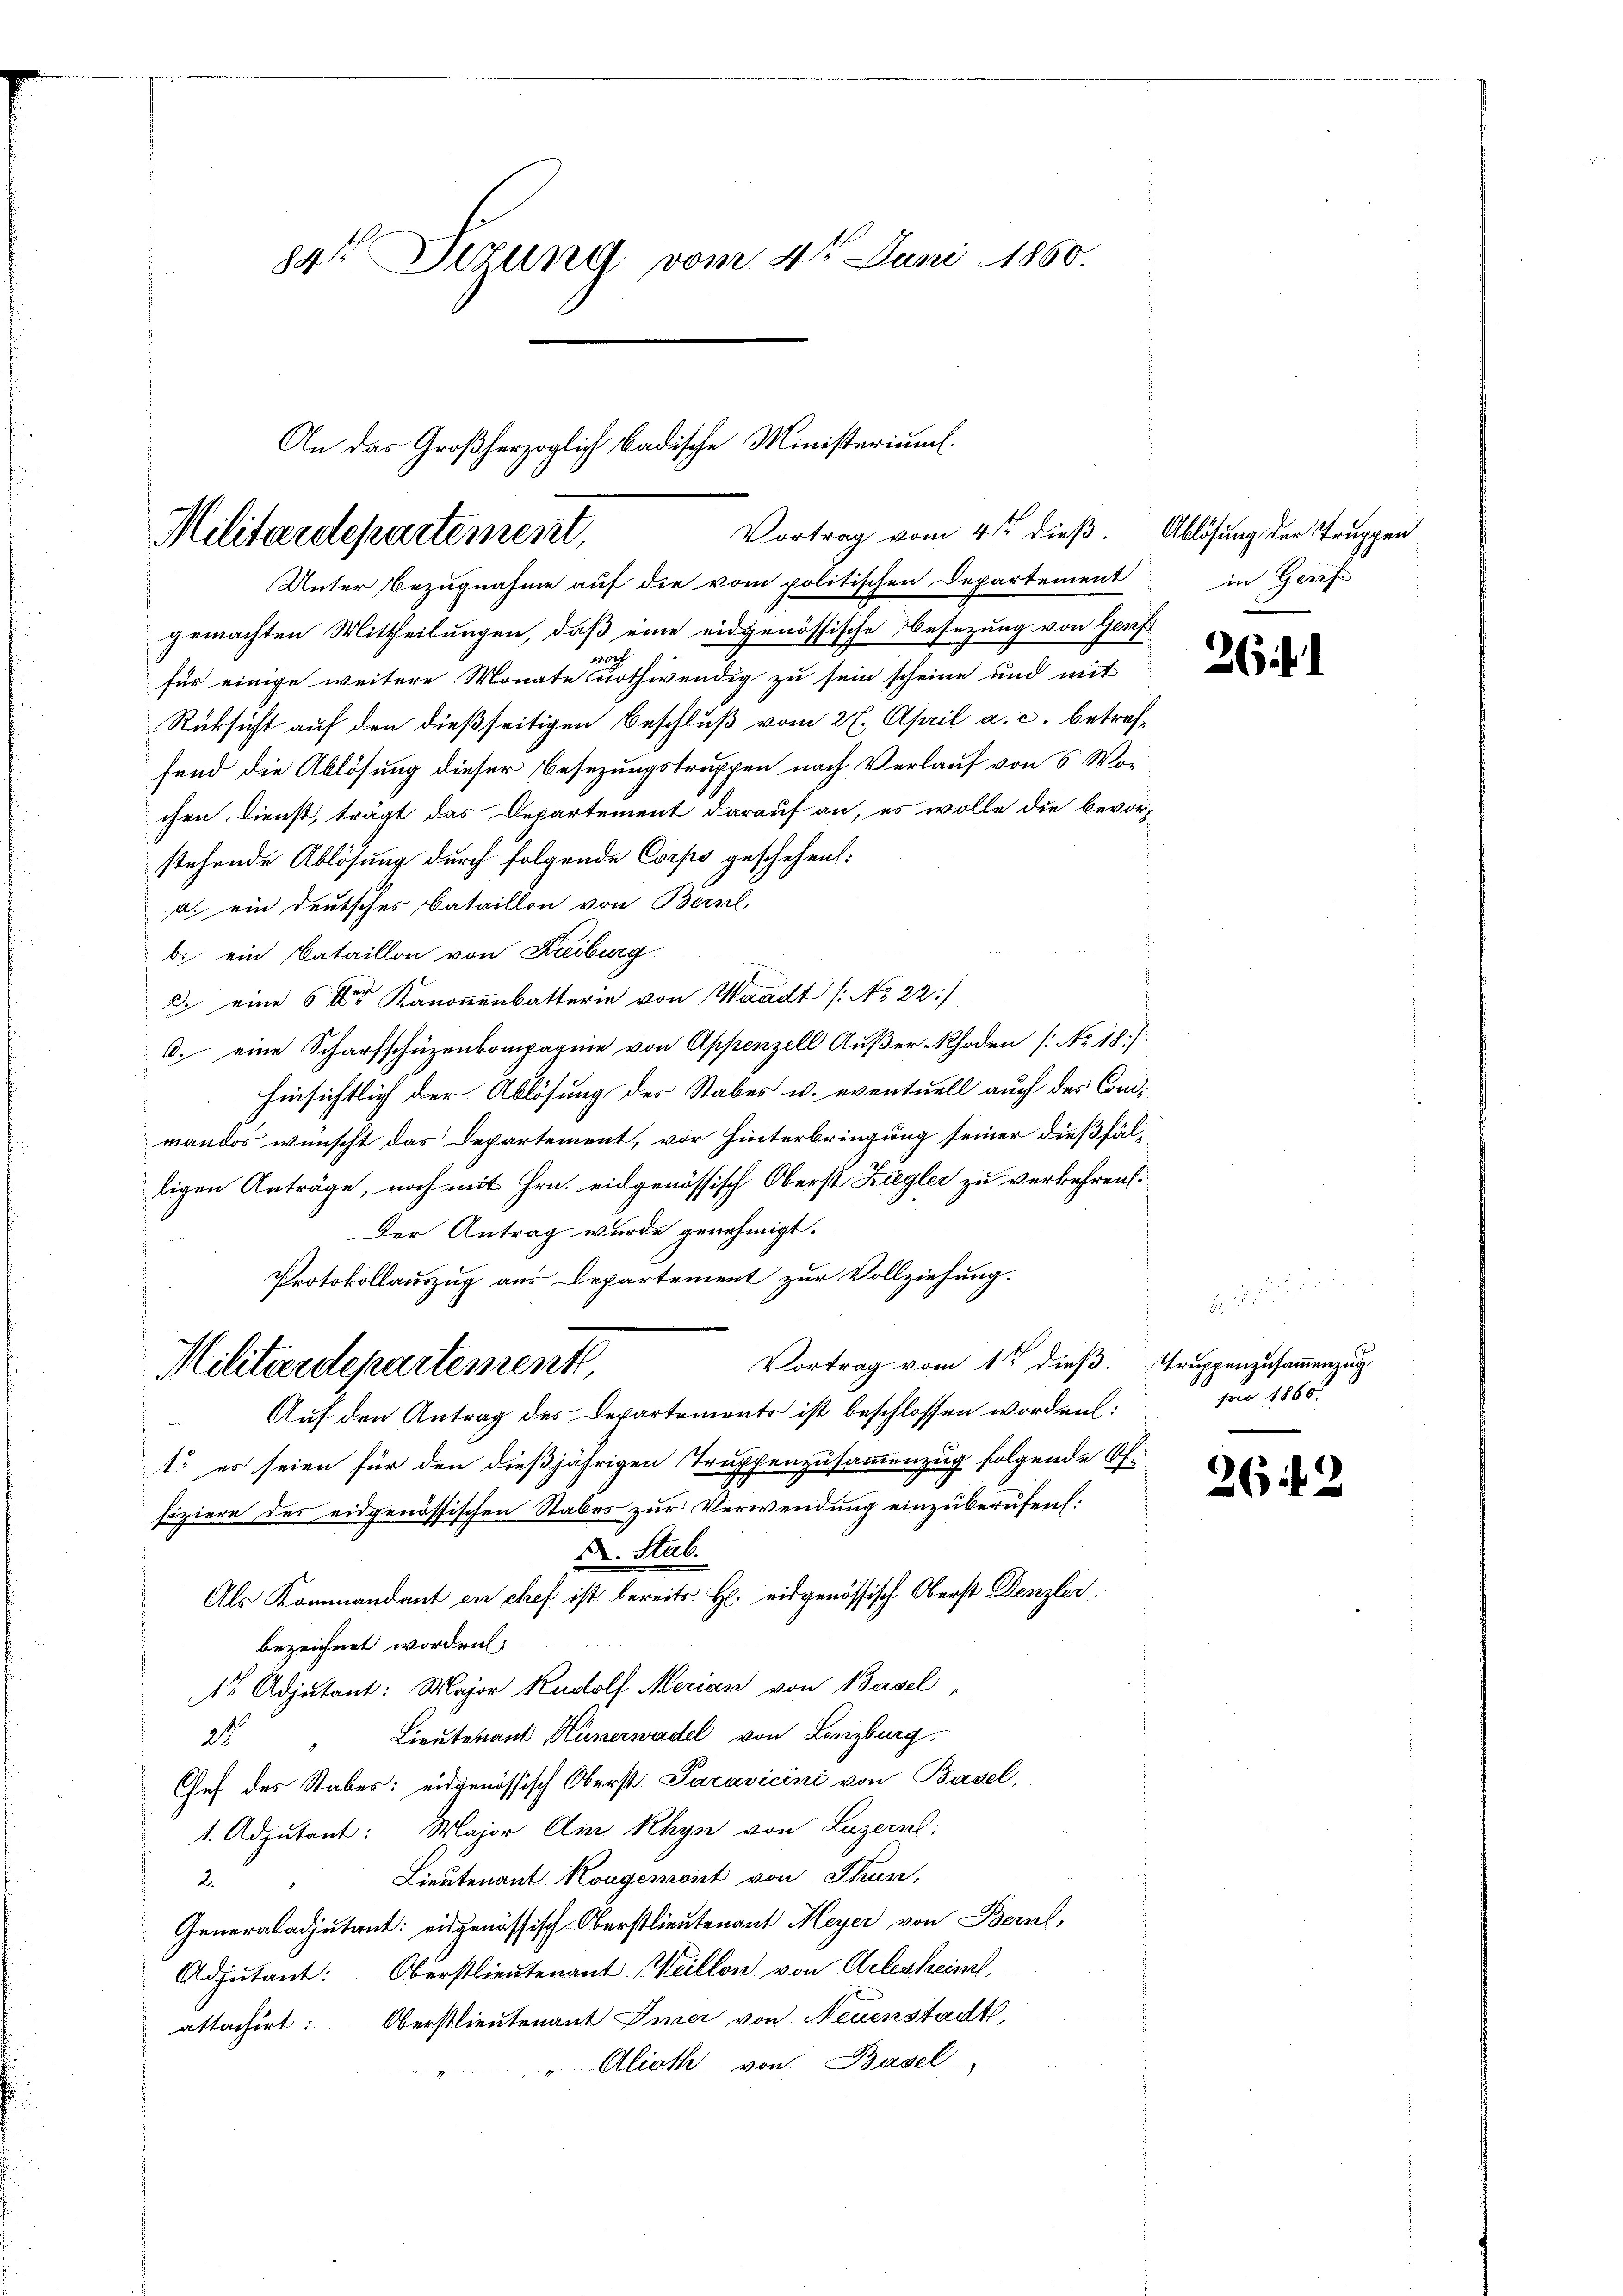
84t Sizung vom 4te͇n Juni 1860.

An das Großherzoglich badische Ministeriums
Vortrag vom 4ten dieß. Ablösung der Truppen
Militärdepartement,
Unter Bezugnahme auf die vom politischen Departement

gemachten Mittheilungen, daß eine eidgenössische Besetzung von Genf
1
für einige weitere Monate nothwendig zu sein scheine und mit
Rüksicht auf den dießseitigen Beschluß vom 27. April a. c. betreffend die Ablösung dieser Besezungstruppen nach Verlauf von 6 Wochen Dienst, trägt das Departement darauf an, es wolle die bevorstehende Ablösung durch folgende Corps geschehen:
a. ein deutsches Bataillon von Bern,
b. ein Bataillon von Freiburg
2. eine 6 der Kanonenbatterin von Waadt /: No 22:
6. eine Scharfschüzenkompagnie von Appenzell Außer-Rhoden [No 48
hinsichtlich der Ablösung des Stabes u. eventuell auch des Commandos wünscht das Departement, vor Hinterbringung seiner dießfälligen Anträge, noch mit Hrn. eidgenössisch Oberst Ziegler zu verkehren:
Der Antrag wurde genehmigt.
Protokollauszug aus Departement zur Vollziehung.
Vortrag vom 1ten dieß. Truppenzusammenzug
Militärdepartement,
Auf den Antrag des Departements ist beschlossen worden:
t. es seien für den dießjährigen Truppenzusammenzug folgende Of-
fiziere des eidgenössischen Stabes zur Verwendung einzuberufen:
A. Stab.
Als Kommandant en chef ist bereits. H. eidgenössisch. Oberst Denzler
bezeichnet worden.
1r Adjutant: Major Rudolf Merian von Basel,
3 " Lieutenant Hünerwadel von Lenzburg,
Chef des Stabes: eidgenössisch Oberst. Paravicini von Basel,
1. Adjutant: Major Ain Rhys von Luzern;
Lieutenant Kongemont von Thun,
2.
Generaladjutant: eidgenössisch Oberstlieutenant Meyer von Bern,
Adjutant: Oberstlieutenant Weillon von Arlesheiml
attachirt: Oberstlieutenant Immer von Neuenstadt,
Alioth von Basel,

in Gerif

26

pro. 1860.

26

.